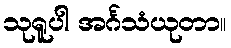
သုရူပါ အင်္ဂသံယုတာ။